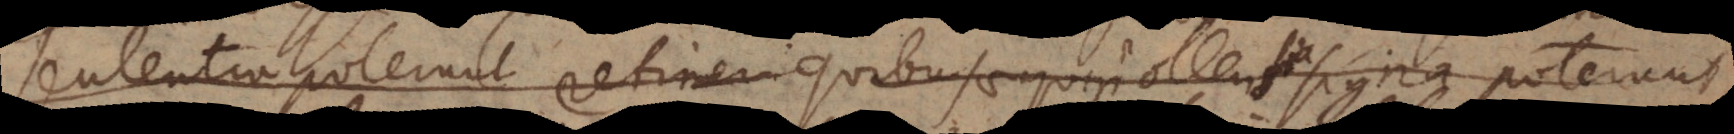
sententia poterunt retineri quibus aequipollentia signa poterunt